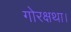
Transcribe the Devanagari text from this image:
गोरक्षथा।